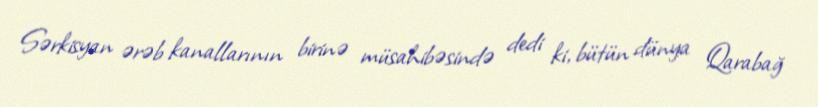
Sərkisyan ərəb kanallarının birinə müsahibəsində dedi ki, bütün dünya Qarabağ